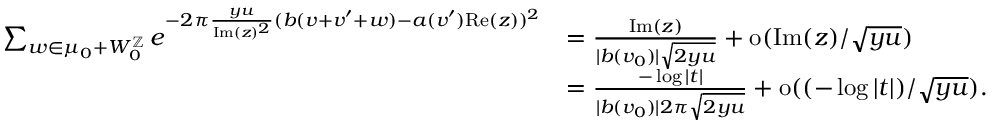
\begin{array} { r l } { \sum _ { w \in \mu _ { 0 } + W _ { 0 } ^ { \mathbb { Z } } } e ^ { - 2 \pi \frac { y u } { \mathrm { I m } ( z ) ^ { 2 } } ( b ( v + v ^ { \prime } + w ) - a ( v ^ { \prime } ) \mathrm { R e } ( z ) ) ^ { 2 } } } & { = \frac { \mathrm { I m } ( z ) } { | b ( v _ { 0 } ) | \sqrt { 2 y u } } + \mathrm { o } ( \mathrm { I m } ( z ) / \sqrt { y u } ) } \\ & { = \frac { - \log | t | } { | b ( v _ { 0 } ) | 2 \pi \sqrt { 2 y u } } + \mathrm { o } ( ( - \log | t | ) / \sqrt { y u } ) . } \end{array}